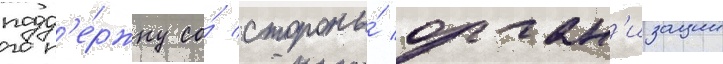
подд'е́ржку со́ стороны́ орган'изации